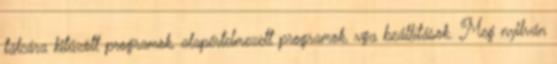
tálcára kitűzött programok, alapértelmezett programok, vga beállítások. Meg nyilván